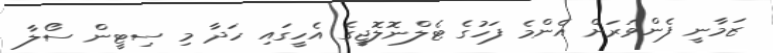
ޒަމާނީ ފެންވަރަށް އެންމެ ފަހުގެ ޓެލްނޮލޮޖީގެ އެހީގައި ހަދާ މި ސިޓީން ސޯލާ